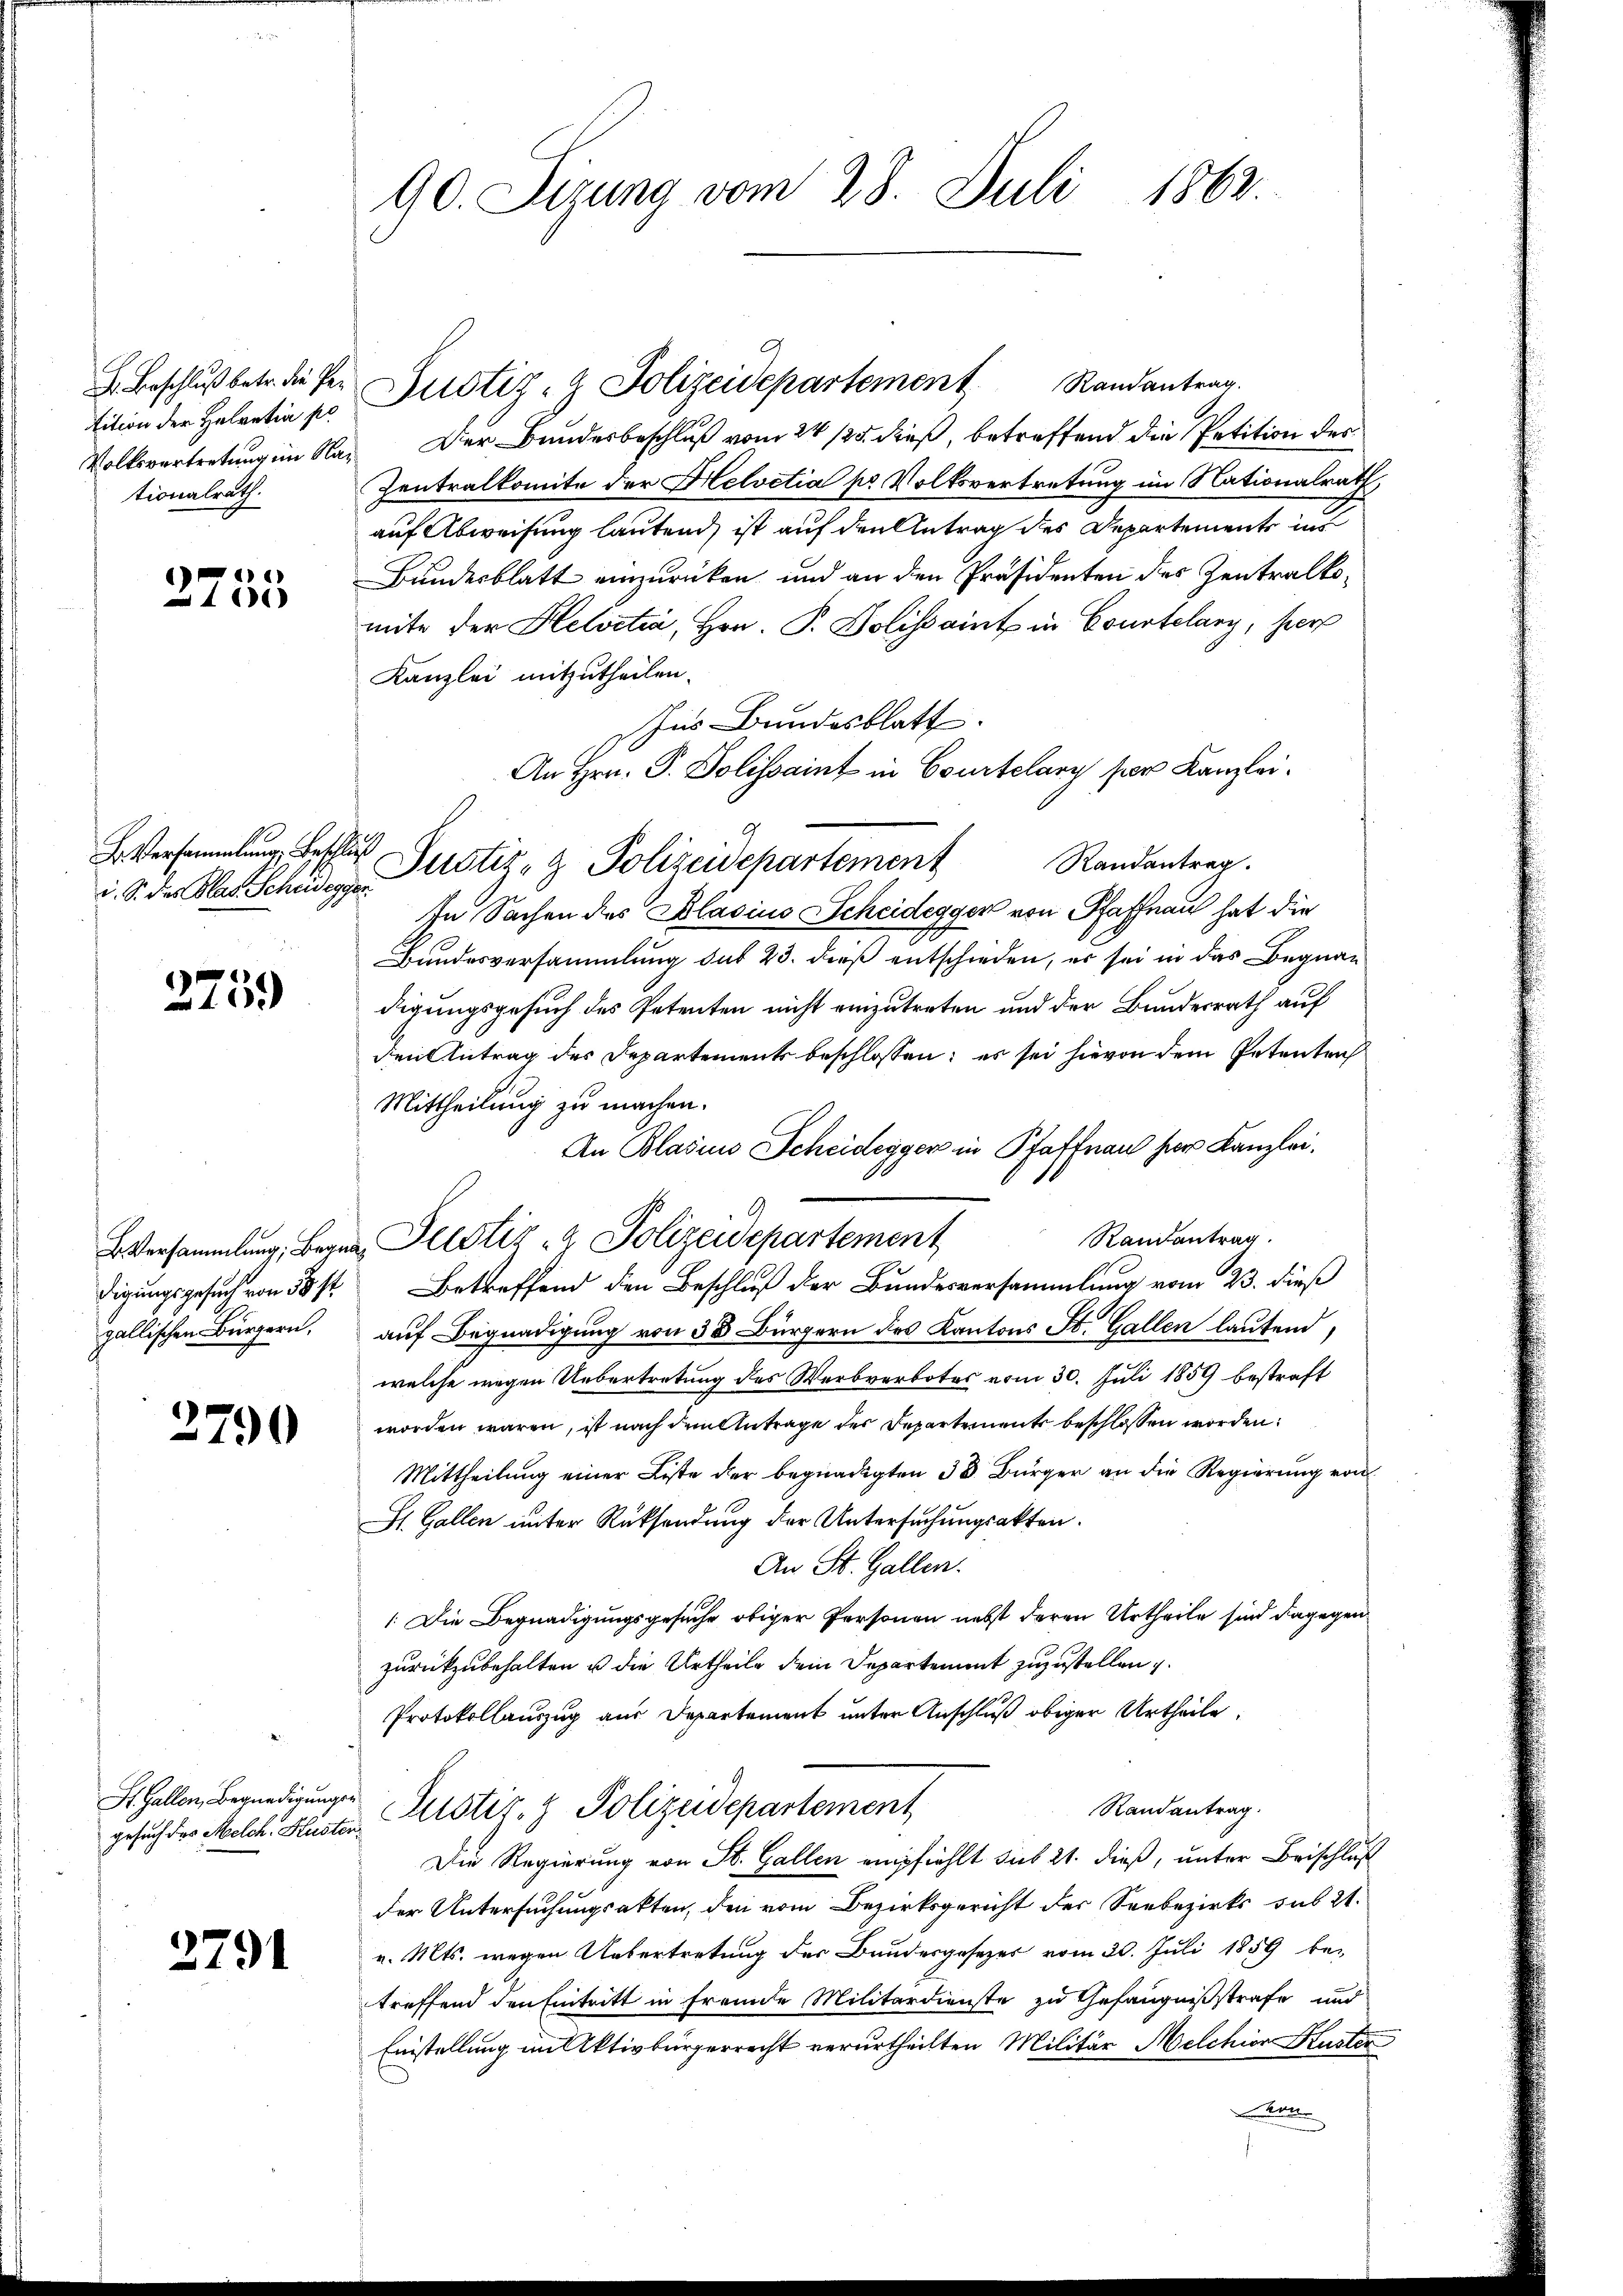
B. Beschluß betr. die Petition der Helvetia pr
tionalrath.

46)
1000

B. Versammlung, Beschluß

2759

digungsgesuch von 58 st
gallischen Bürgern,

2790

St. Gallen, Begnadigungsgesuch des Melch. Huster

2791

90. Sizung vom 28. Juli 1862.

i. S. der Klar Schaden Justiz- & Polizeidepartement Randantrag.

Justiz- & Polizeidepartement Randantrag.
Volksvertretung im Na- Der Bundesbeschluß vom 24. 125. dieß, betreffend die Petition des
Zentralkomite der Helvetia pr Volksvertretung im Nationalrath,
auf Abweisung lautend, ist auf den Antrag des Departemente in
Bundesblatt einzurücken und an den Präsidenten des Zentralkomite der Helvetia, Hrn. P. Dolissaint in Courtelang, hier
Kanzlei mitzutheilen.
Ins Bundesblatt
An Hrn. P. Polissaint in Courtelary per Kanzlei¬
In Sachen des Blasius Scheidegger von Pfaffnau hat die
Bundesversammlung sub 23. dieß entschieden, er sei in das Begnau
digungsgesuch des Petenten nicht einzutreten und der Bundesrath auf
den Antrag des Departements beschlossen; es sei hievon dem Petenten
Mittheilung zu machen.
An Blasino Scheidegger in Pfaffnau her Kanzlei.
Randantrag.
Betreffend den Beschluß der Bundesversammlung vom 23. dieß
auf Begnadigung von 38 Bürgern des Kantons St. Gallen laufend,
welche wegen Uebertretung des Werbverbotes vom 30. Juli 1859 bestraft
worden wären, ist nach dem Antrage der Departement beschlossen worden.
Mittheilung einer Liste der begnadigten 38 Bürger an die Regierung von
St. Gallen unter Rücksendung der Untersuchungsakten.
An St. Gallen.
: Die Begnadigungsgesuche obiger Personen nebst deren Urtheile sind dagegen
zurückzubehalten u die Urtheile dein Departement zuzustellen
Protokollauszug aus Departement unter Anschluß obiger Urtheile,
Randantrag.
"Justiz- & Polizeidepartement
Die Regierung von St. Gallen empfiehlt sub 21. dieß, unter Beischluß
der Untersuchungsakten, den vom Bezirksgericht der Seebezirks sub 21.
v. Mts. wegen Uebertretung der Bundesgesezes vom 20. Juli 1859 be-
treffend den Eintritt in fremde Militärdienste zu Gefängnißstrafe und
Einstellung im Aktivbürgerrecht verurtheilten Militär Melchior Kuster
Kan

Bversammlung, Begna, Bestiz- & Polizeidepartement